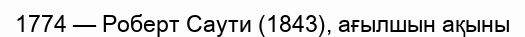
1774 — Роберт Саути (1843), ағылшын ақыны